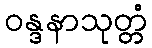
ဝန္ဒနာသုတ္တံ